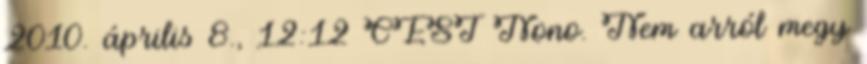
2010. április 8., 12:12 CEST Nono. Nem arról megy